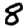
Digit: 8